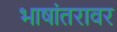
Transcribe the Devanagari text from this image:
भाषांतरावर